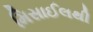
મિસાઈલથી